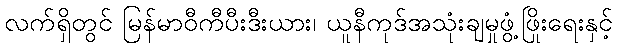
လက်ရှိတွင် မြန်မာဝီကီပီးဒီးယား၊ ယူနီကုဒ်အသုံးချမှုဖွံ့ဖြိုးရေးနှင့်